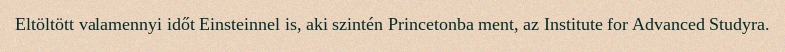
Eltöltött valamennyi időt Einsteinnel is, aki szintén Princetonba ment, az Institute for Advanced Studyra.